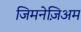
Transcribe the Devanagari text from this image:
जिमनेज़िअम